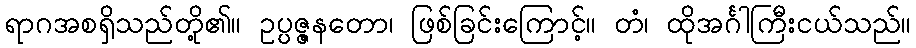
ရာဂအစရှိသည်တို့၏။ ဥပ္ပဇ္ဇနတော၊ ဖြစ်ခြင်းကြောင့်။ တံ၊ ထိုအင်္ဂါကြီးငယ်သည်။